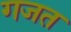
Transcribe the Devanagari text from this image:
गजत